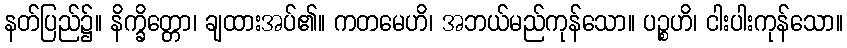
နတ်ပြည်၌။ နိက္ခိတ္တော၊ ချထားအပ်၏။ ကတမေဟိ၊ အဘယ်မည်ကုန်သော။ ပဉ္စဟိ၊ ငါးပါးကုန်သော။